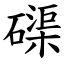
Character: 磲